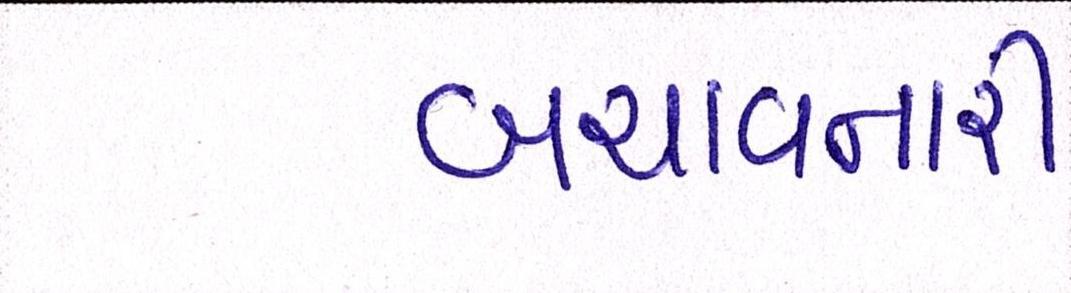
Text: બચાવનારી